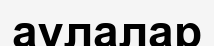
аулалар